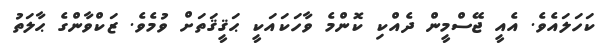
ކަހަލައެވެ. އެއީ ޖޭސްމީން ދެއްކި ކޮންމެ ވާހަކައަކީ ޙަޤީޤަތަށް ވުމެވެ. ޒަކްވާންގެ ޙާލަތު